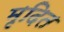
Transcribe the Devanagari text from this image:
मृदित